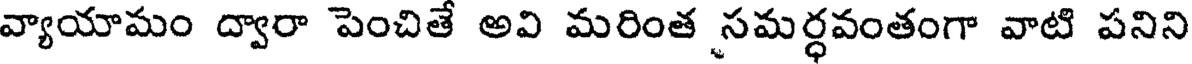
వ్యాయామం ద్వారా పెంచితే అవి మరింత సమర్ధవంతంగా వాటి పనిని